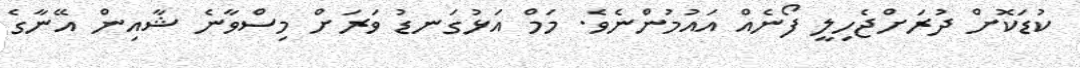
ކުޑަކޮށް ދުރަށްޖެހިލީ ފޯނެއް އައުމުންނެވެ. މަމް އަޅުގަނޑު ވަރަށް މިސްވާނެ ޝާއިން އޭނާގެ